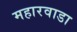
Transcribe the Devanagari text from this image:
महारवाडा